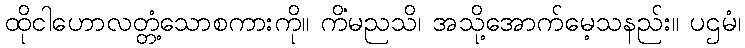
ထိုငါဟောလတ္တံ့သောစကားကို။ ကိံမညသိ၊ အသို့အောက်မေ့သနည်း။ ပဌမံ၊